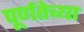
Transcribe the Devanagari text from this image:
पूर्णतेच्या